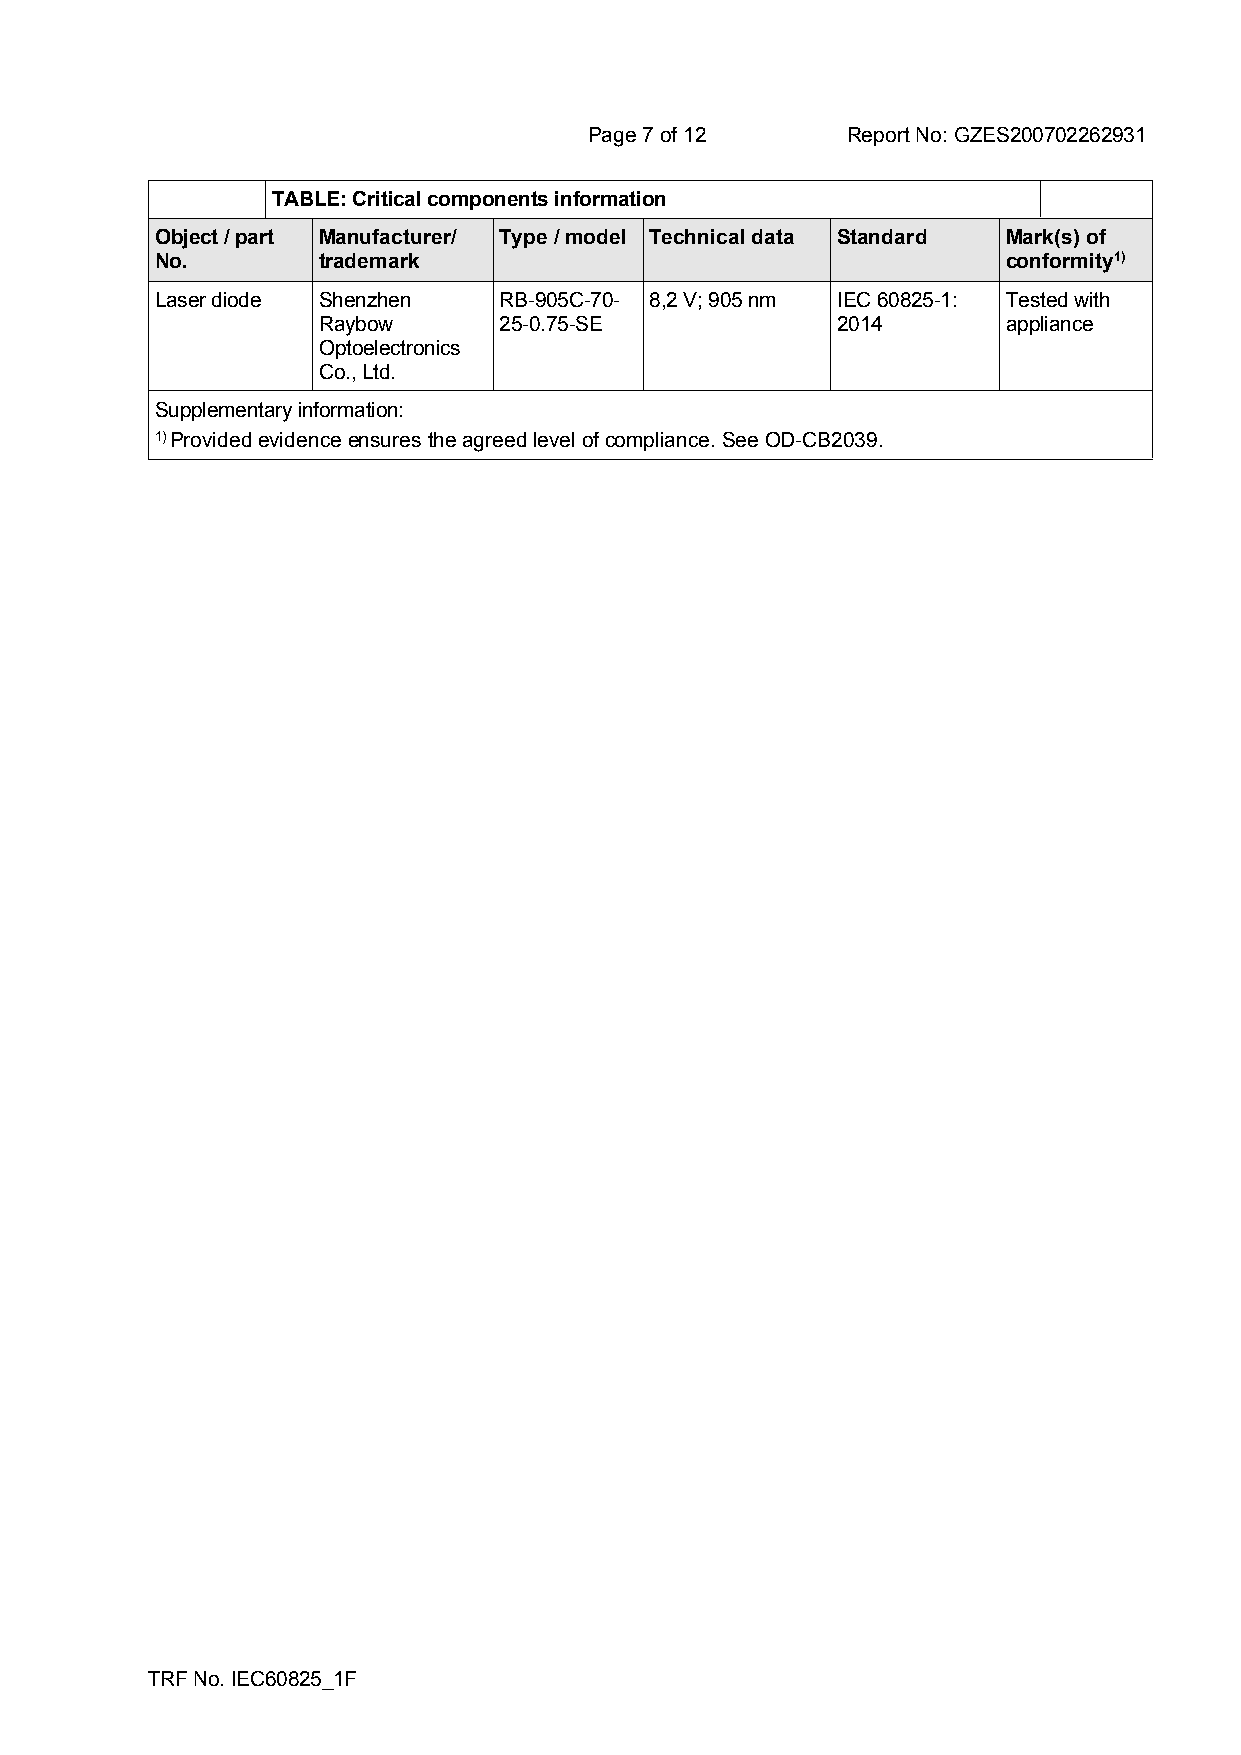
Page 7 of 12     Report No: GZES200702262931
 TABLE: Critical components information
 Object / part Manufacturer/ Type / model Technical data Standard Mark(s) of
 No.        trademark                                     conformity1)
 Laser diode Shenzhen   RB-905C-70- 8,2 V; 905 nm IEC 60825-1: Tested with
 Raybow      25-0.75-SE            2014        appliance
 Optoelectronics
 Co., Ltd.
 Supplementary information:
 1) Provided evidence ensures the agreed level of compliance. See OD-CB2039.
 TRF No. IEC60825_1F